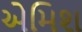
એમિશ